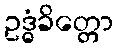
ဥဒ္ဓံခိတ္တော